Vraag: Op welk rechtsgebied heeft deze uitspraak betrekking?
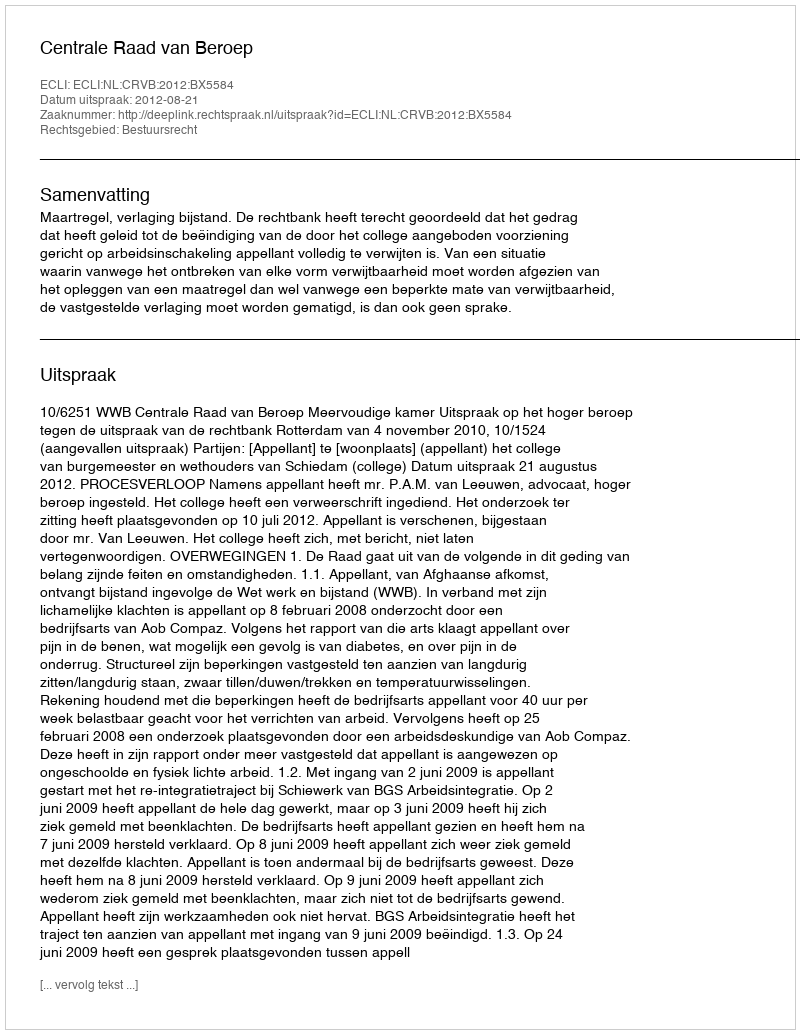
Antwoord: Bestuursrecht